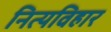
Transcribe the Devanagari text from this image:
नित्यविहार